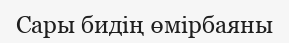
Сары бидің өмірбаяны